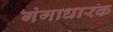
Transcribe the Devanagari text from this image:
गंगाधारक